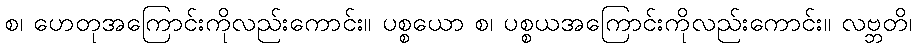
စ၊ ဟေတုအကြောင်းကိုလည်းကောင်း။ ပစ္စယော စ၊ ပစ္စယအကြောင်းကိုလည်းကောင်း။ လဗ္ဘတိ၊